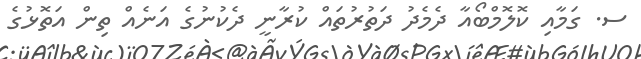
ސ. ގަމާއި ކޮލޮމްބޯއާ ދެމެދު ދަތުރުތައް ކުރާނީ ދެކުނުގެ އަނެއް ތިން އަތޮޅުގެ